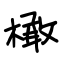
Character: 橄